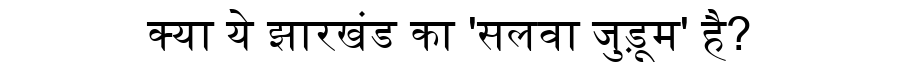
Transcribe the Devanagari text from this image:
क्या ये झारखंड का 'सलवा जुड़ूम' है?